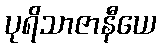
ပုရိသာဇာနီယေ